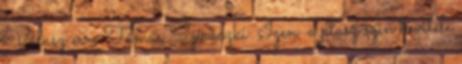
Válasz erre Tamás Sziráczki: Igen, a plusz szín bevitele